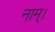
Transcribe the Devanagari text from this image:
नाम्।